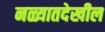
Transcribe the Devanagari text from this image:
नळ्यातदेखील